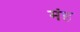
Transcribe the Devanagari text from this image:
मंह